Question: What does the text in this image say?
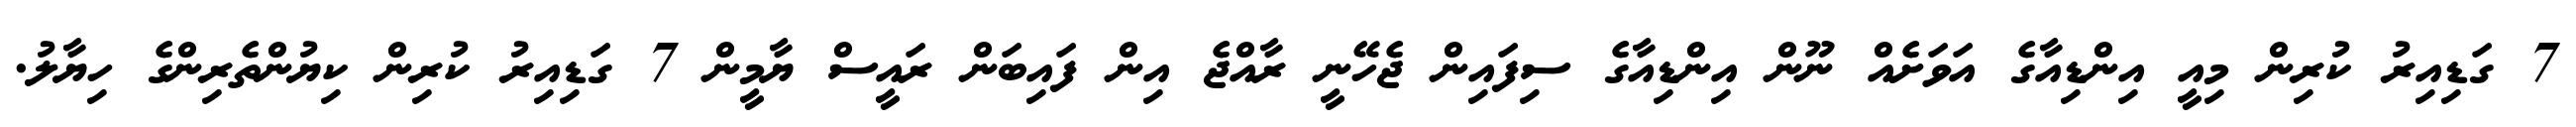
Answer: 7 ގަޑިއިރު ކުރިން މިއީ އިންޑިއާގެ އަވަށެއް ނޫން އިންޑިއާގެ ސިފައިން ޖެހޭނީ ރާއްޖެ އިން ފައިބަން ރައީސް ޔާމީން 7 ގަޑިއިރު ކުރިން ކިޔުންތެރިންގެ ހިޔާލު.